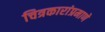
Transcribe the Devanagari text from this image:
चित्रकारांप्रमाणे